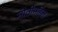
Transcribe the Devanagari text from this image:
मोतीमहिल